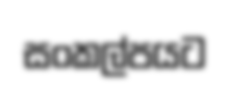
සංකල්පයට